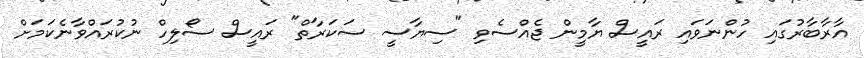
އާރާބާރުގައި ހުންނަވައި ރައީސް ޔާމީން ޖެއްސެވި "ސިޔާސީ ސަކަރާތް" ރައީސް ސޯލިހް ނުކުރައްވާނެކަމަށް